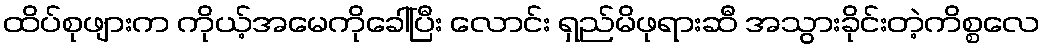
ထိပ်စုဖျားက ကိုယ့်အမေကိုခေါ်ပြီး လောင်း ရှည်မိဖုရားဆီ အသွားခိုင်းတဲ့ကိစ္စလေ